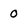
Character: 0